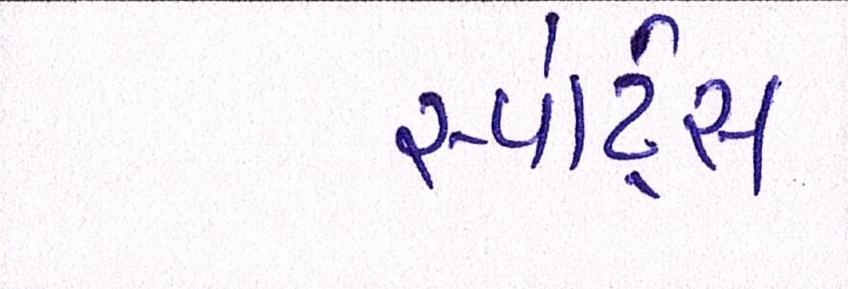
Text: સ્પોર્ટ્સ